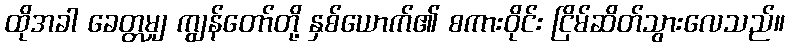
ထိုအခါ ခေတ္တမျှ ကျွန်တော်တို့ နှစ်ယောက်၏ စကားဝိုင်း ငြိမ်ဆိတ်သွားလေသည်။